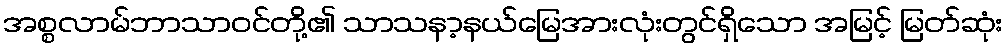
အစ္စလာမ်ဘာသာဝင်တို့၏ သာသနာ့နယ်မြေအားလုံးတွင်ရှိသော အမြင့် မြတ်ဆုံး